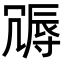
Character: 䢆